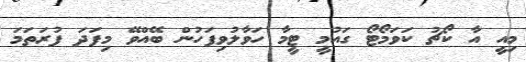
މިއީ އާ ކޯޗު ކަވަމޯޓޯ ގައުމީ ޓީމާ ހަވާލުވިފަހުން ބޭއްވޭ މިފަދަ ފުރަތަމަ